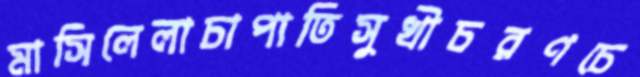
মাসিলেলাচাপাতিসুখীচরণচে